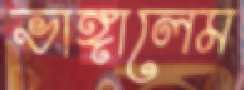
ভাঙ্গালেম